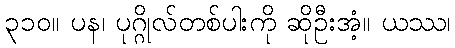
၃၁၀။ ပန၊ ပုဂ္ဂိုလ်တစ်ပါးကို ဆိုဦးအံ့။ ယဿ၊